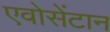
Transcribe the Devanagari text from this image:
एवोसेंटान